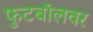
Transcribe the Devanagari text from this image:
फुटबॉलवर